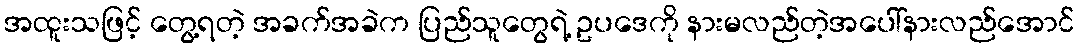
အထူးသဖြင့် တွေ့ရတဲ့ အခက်အခဲက ပြည်သူတွေရဲ့ ဥပဒေကို နားမလည်တဲ့အပေါ်နားလည်အောင်